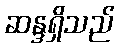
ဆန္ဒရှိသည်